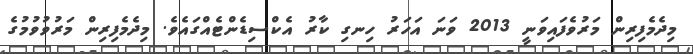
މިދެމެފިރިން މަރުވެފައިވަނީ 2013 ވަނަ އަހަރު ހިނގި ކާރު އެކްސިޑެންޓެއްގައެވެ. މިދެމެފިރިން މަރުވުވުމުގެ